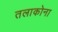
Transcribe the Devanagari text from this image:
तलाकोना